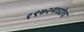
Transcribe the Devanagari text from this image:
१९७२मध्येच